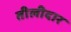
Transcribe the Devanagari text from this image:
तीलीदार